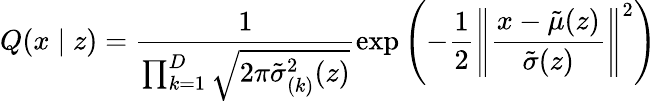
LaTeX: Q(x\mid z)=\frac{1}{\prod_{k=1}^{D}\sqrt{2\pi{\tilde{\sigma}}_{(k)}^{2}(z)}}\exp\left(-\frac{1}{2}\left\| \frac{x-{\tilde{\mu}}(z)}{{\tilde{\sigma}}(z)}\right\| ^{2}\right)